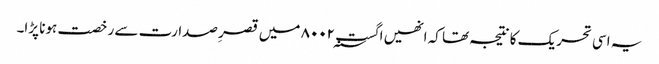
یہ اسی تحریک کا نتیجہ تھا کہ انھیں اگست ۸۰۰۲؁ میں قصرِ صدارت سے رخصت ہونا پڑا۔